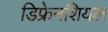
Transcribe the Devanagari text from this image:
डिफ्रेनशियल